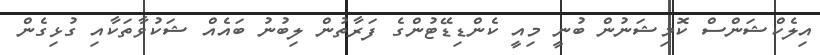
އިލެކްޝަންސް ކޮމިޝަނުން ބުނީ މިއީ ކެންޑިޑޭޓުންގެ ފަރާތުން ލިބުނު ބައެއް ޝަކުވާތަކާއި ގުޅިގެން